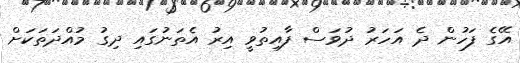
އޭގެ ފަހުން ދެ އަހަރު ދުވަސް ފާއިތުވީ އިރު އެތަނުގައި ދިގު މުއްދަތަކަށް